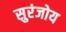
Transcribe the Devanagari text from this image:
सुरंजोय